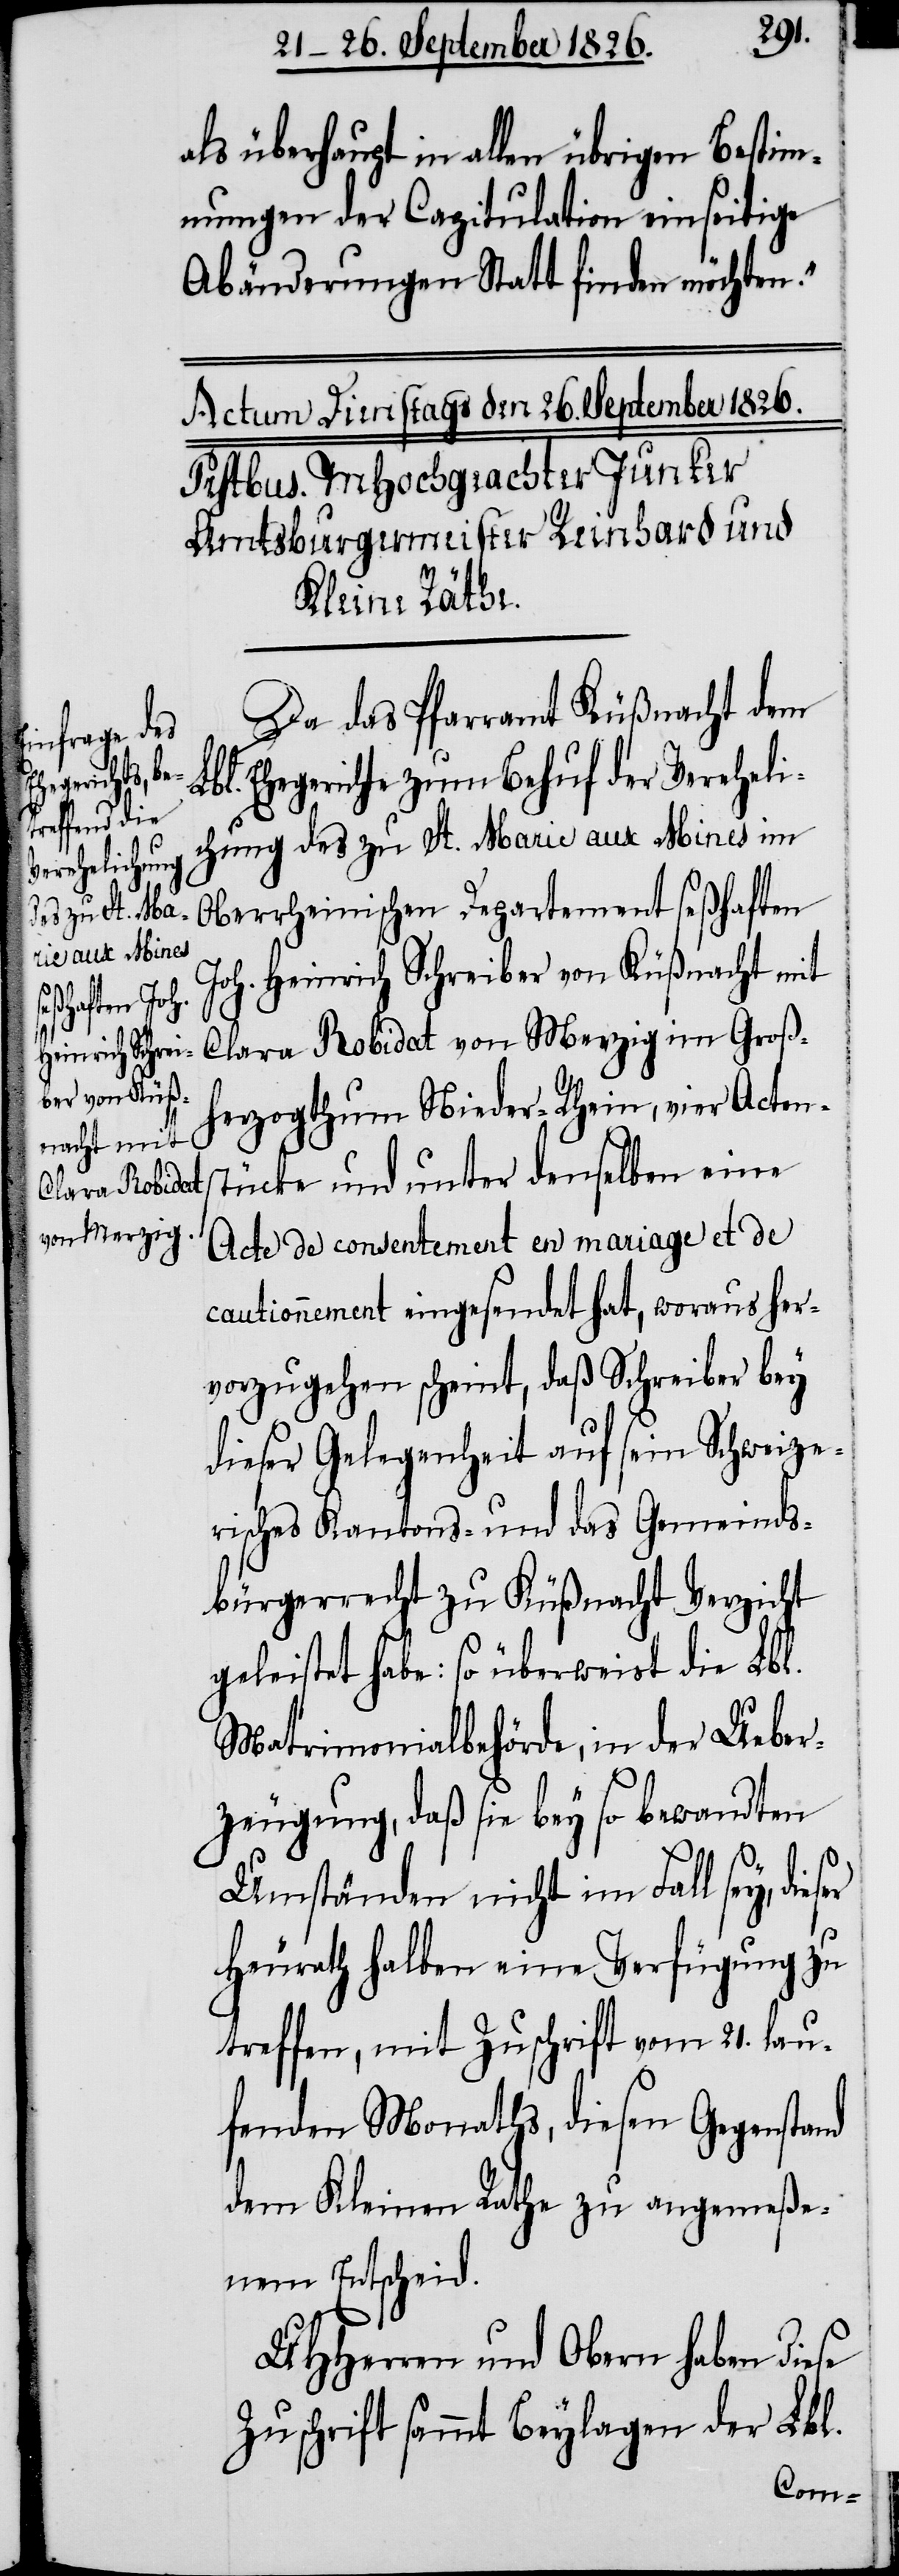
ser

als überhaupt in allen übrigen Bestim¬
mungen der Capitulation einseitige
Abänderungen Statt finden möchten.“
Da das Pfarramt Küßnacht dem
bl. Ehegericht zum Behuf der Vereheli¬
chung des zu St. Marie aux Mines im
Oberrheinischen Departement seßhaften
Joh. Heinrich Schreiber von Küßnacht mit
L¬
Clara Robidat von Merzig im Groß¬
herzogthum Nieder-Rhein, vier Actens¬
tücke und unter denselben eine
Acte de consentement en mariage et de
cautionnement eingesendet hat, woraus her¬
vorzugehen scheint, daß Schreiber bey
dieser Gelegenheit auf sein Schweize¬
risches Kantons- und das Gemeinds¬
bürgerrecht zu Küßnacht Verzicht
geleistet habe: so überweist die Lbl.
Matrimonialbehörde, in der Ueber¬
zeugung, daß sie bey so bewandten
Umständen nicht im Fall sey, die¬
Heurath halben eine Verfügung zu
treffen, mit Zuschrift vom 21. lau¬
fenden Monaths, diesen Gegenstand
dem Kleinen Rathe zu angemeße¬
nem Entscheid.
MHHerren und Obern haben diese
Zuschrift sammt Beylagen der Lbl.